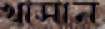
খাসান